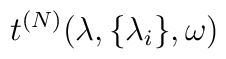
t^{(N)}(\lambda ,\{\lambda _{i}\},\omega )